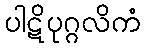
ပါဋိပုဂ္ဂလိကံ